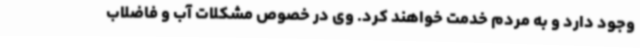
وجود دارد و به مردم خدمت خواهند کرد. وی در خصوص مشکلات آب و فاضلاب